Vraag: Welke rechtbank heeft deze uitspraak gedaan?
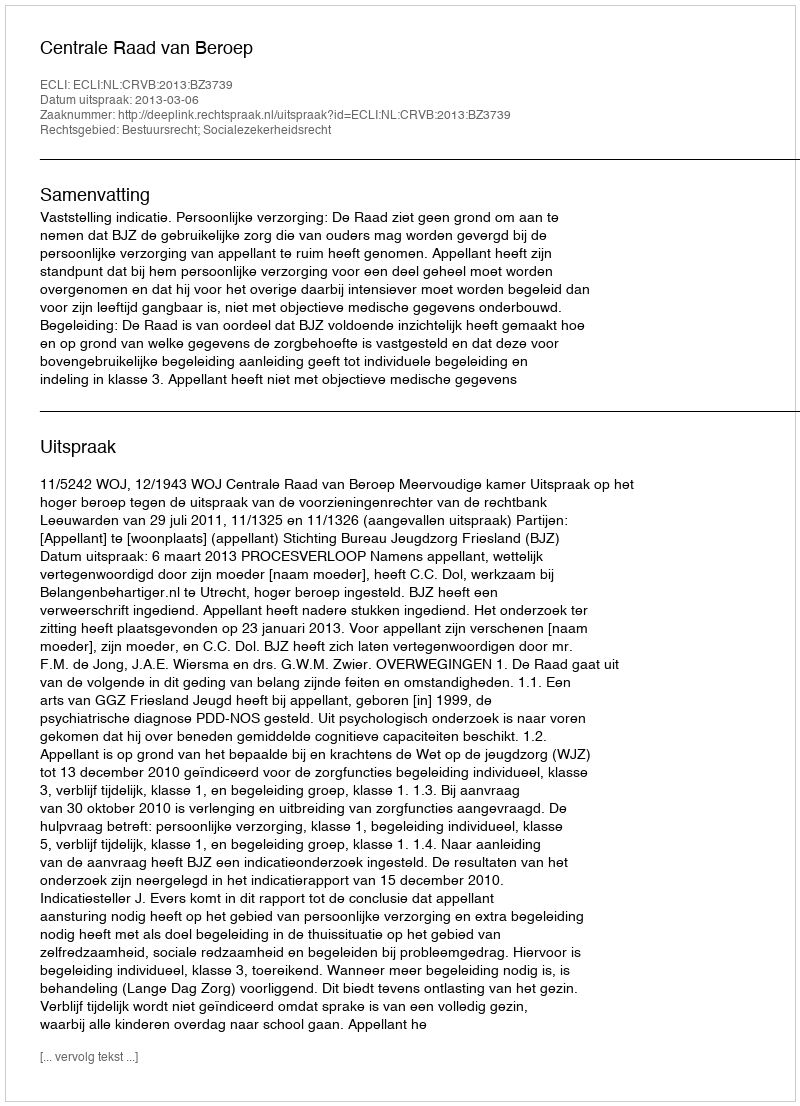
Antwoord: Centrale Raad van Beroep